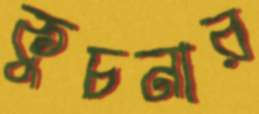
কুচনার